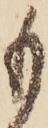
も